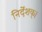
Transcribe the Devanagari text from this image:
निर्देशक्।